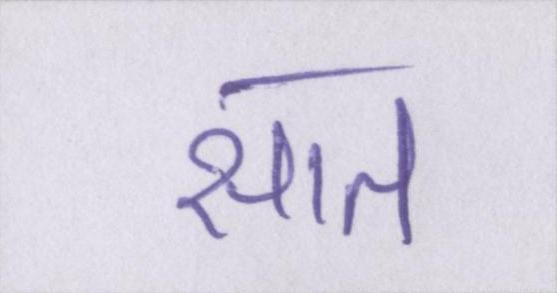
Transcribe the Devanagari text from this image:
सात